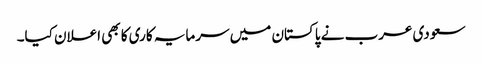
سعودی عرب نے پاکستان میں سرمایہ کاری کا بھی اعلان کیا۔